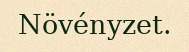
Növényzet.